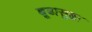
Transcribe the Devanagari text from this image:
बूढासुब्बा